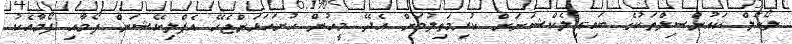
ލޯކަލް ކައުންސިލްތަކުގެ ބައި-އިލެކްޝަނަށް ކުރިމަތިލުމަށް އެދޭ މީހުން ހުށަހަޅަންޖެހޭ އެޕްލިކޭޝަން ފޯމާއި ފޯމާއެކު